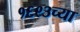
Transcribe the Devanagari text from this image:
१६९३च्या